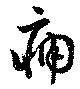
痛